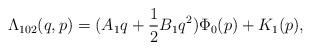
LaTeX: \begin{align*} \Lambda_{102}(q,p)=(A_1q+\frac{1}{2}B_1q^2)\Phi_0(p)+K_1(p),\end{align*}